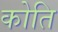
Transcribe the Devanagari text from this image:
कोति